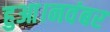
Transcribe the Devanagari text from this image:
हुआ।नवंबर